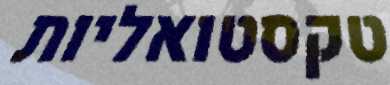
טקסטואליות